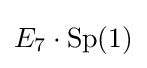
E_{7}\cdot \mathrm {Sp} (1)